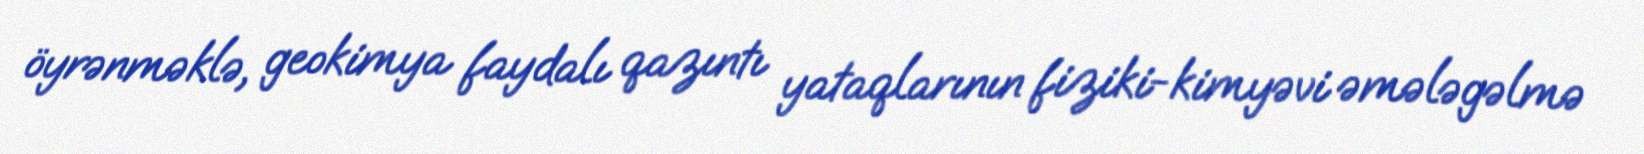
öyrənməklə, geokimya faydalı qazıntı yataqlarının fiziki-kimyəvi əmələgəlmə